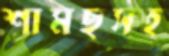
শামছুসহ